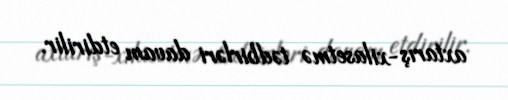
axtarış-xilasetmə tədbirləri davam etdirilir.